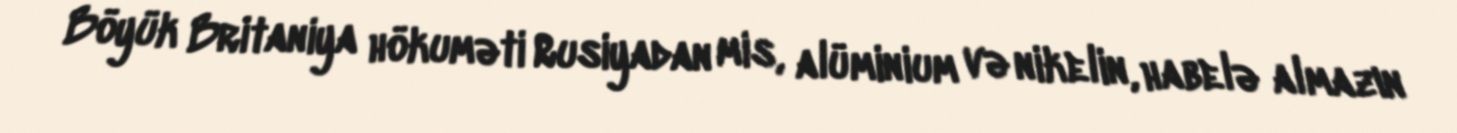
Böyük Britaniya hökuməti Rusiyadan mis, alüminium və nikelin, habelə almazın